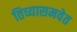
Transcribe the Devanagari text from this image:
तिच्यासमवेत